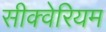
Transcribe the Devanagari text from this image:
सीक्वेरियम